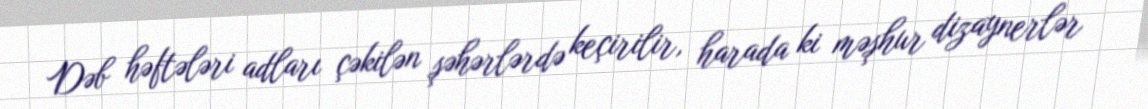
Dəb həftələri adları çəkilən şəhərlərdə keçirilir, harada ki məşhur dizaynerlər